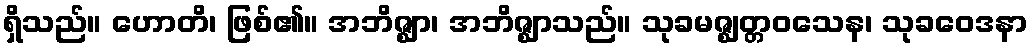
ရှိသည်။ ဟောတိ၊ ဖြစ်၏။ အဘိဇ္ဈာ၊ အဘိဇ္ဈာသည်။ သုခမဇ္ဈတ္တဝသေန၊ သုခဝေဒနာ